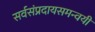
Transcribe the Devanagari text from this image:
सर्वसंप्रदायसमन्वयी